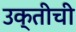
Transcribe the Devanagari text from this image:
उक्तीची